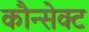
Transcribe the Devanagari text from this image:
कौन्सेक्ट